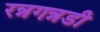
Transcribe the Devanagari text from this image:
रन्नगन्नडी